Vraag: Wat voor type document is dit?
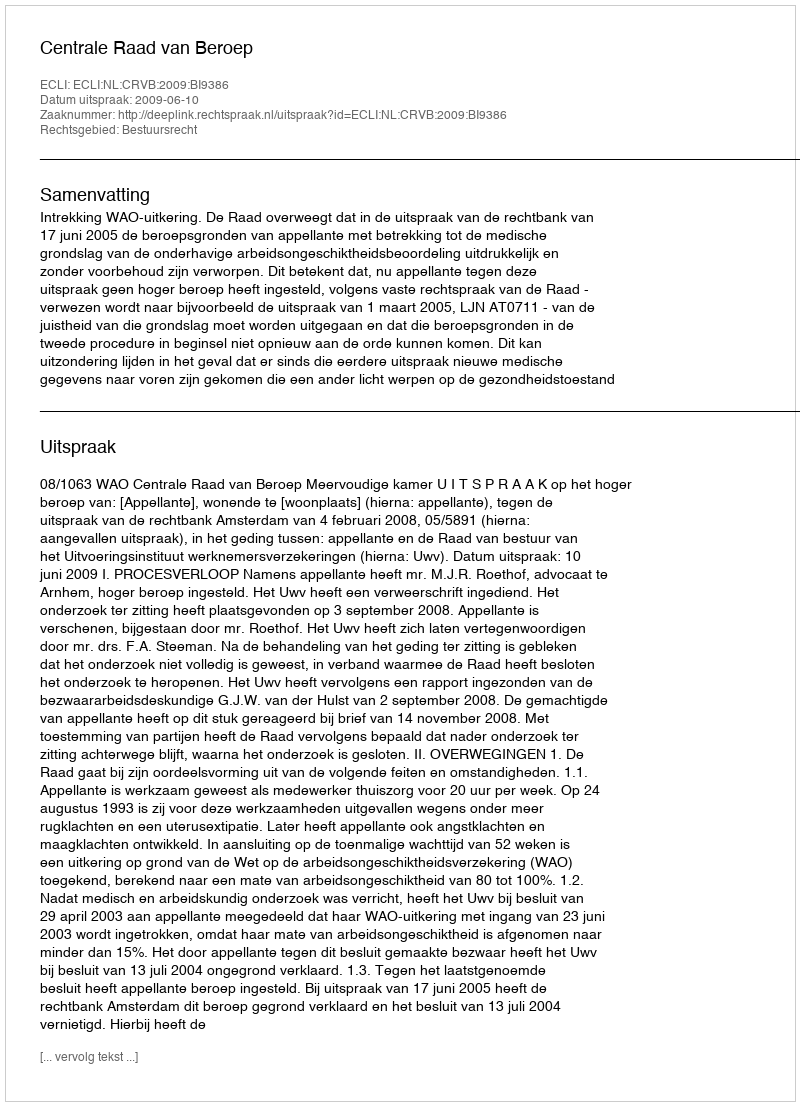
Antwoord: Uitspraak